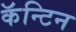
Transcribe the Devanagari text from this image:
कॅन्टिन